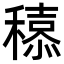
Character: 𮃮